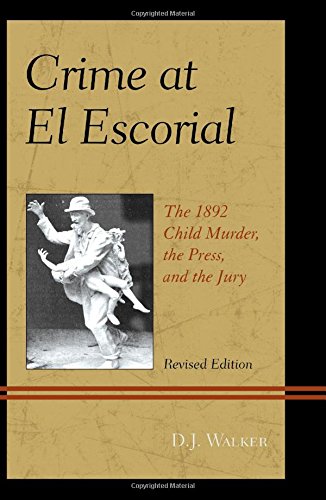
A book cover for Crime At El Escorial: The 1892 Child Murder, the Press, and the Jury; D.J. Walker ; Law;